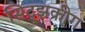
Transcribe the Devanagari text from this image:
सिट्झक्रीग